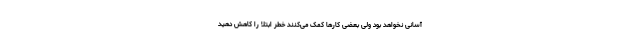
آسانی نخواهد بود ولی بعضی کارها کمک می‌کنند خطر ابتلا را کاهش دهید